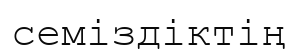
семіздіктің